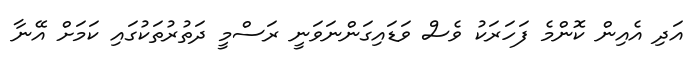
އަދި އެއިން ކޮންމެ ފަހަރަކު ވެސް ވަޑައިގަންނަވަނީ ރަސްމީ ދަތުރުތަކުގައި ކަމަށް އޭނާ